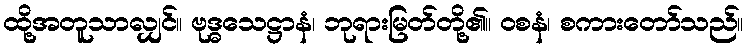
ထို့အတူသာလျှင်။ ဗုဒ္ဓသေဋ္ဌာနံ၊ ဘုရားမြတ်တို့၏။ ဝစနံ၊ စကားတော်သည်။